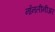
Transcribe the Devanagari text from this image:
नॉनलीनीअर